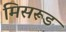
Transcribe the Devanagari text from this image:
मिसरूड